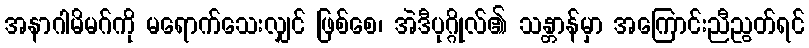
အနာဂါမိမဂ်ကို မရောက်သေးလျှင် ဖြစ်စေ၊ အဲဒီပုဂ္ဂိုလ်၏ သန္တာန်မှာ အကြောင်းညီညွတ်ရင်